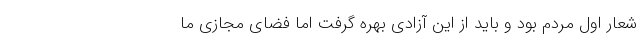
شعار اول مردم بود و باید از این آزادی بهره گرفت اما فضای مجازی ما